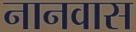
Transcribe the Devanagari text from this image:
नानवास